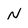
Character: N